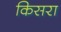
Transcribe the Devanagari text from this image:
किसरा